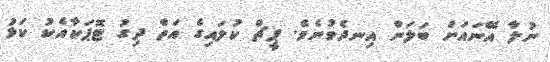
ނުލާ އޭނައަށް ބަލަން އިނދެވުނެވެ. ޕީޗް ކުލައިގެ އަތް ދިގު ޓޮޕަކާއެކު ކަޅު